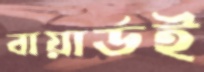
বায়ার্ডই